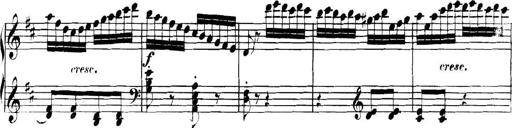
Title: Collected Piano Sonatas
Composer: Muzio Clementi